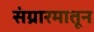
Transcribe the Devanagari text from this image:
संग्रारमातून